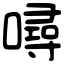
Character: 噚